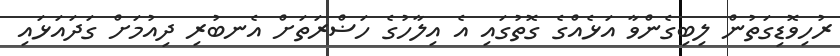
ރުހިވޮޑިގަތުން ލިބިގެންވާ އަޅެއްގެ ގޮތުގައި އެ އިލާހުގެ ހަޟްރަތަށް އެނބުރި ދިއުމަށް ގަދައަޅައި